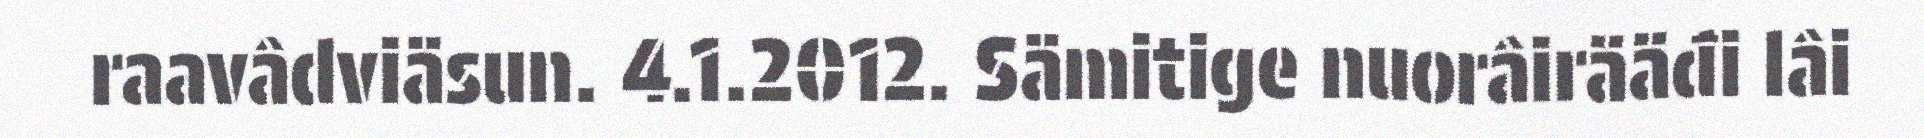
raavâdviäsun. 4.1.2012. Sämitige nuorâirääđi lâi